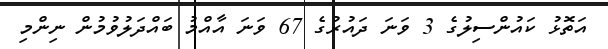
އަތޮޅު ކައުންސިލުގެ 3 ވަނަ ދައުރުގެ 67 ވަނަ އާއްމު ބައްދަލުވުމުން ނިންމި